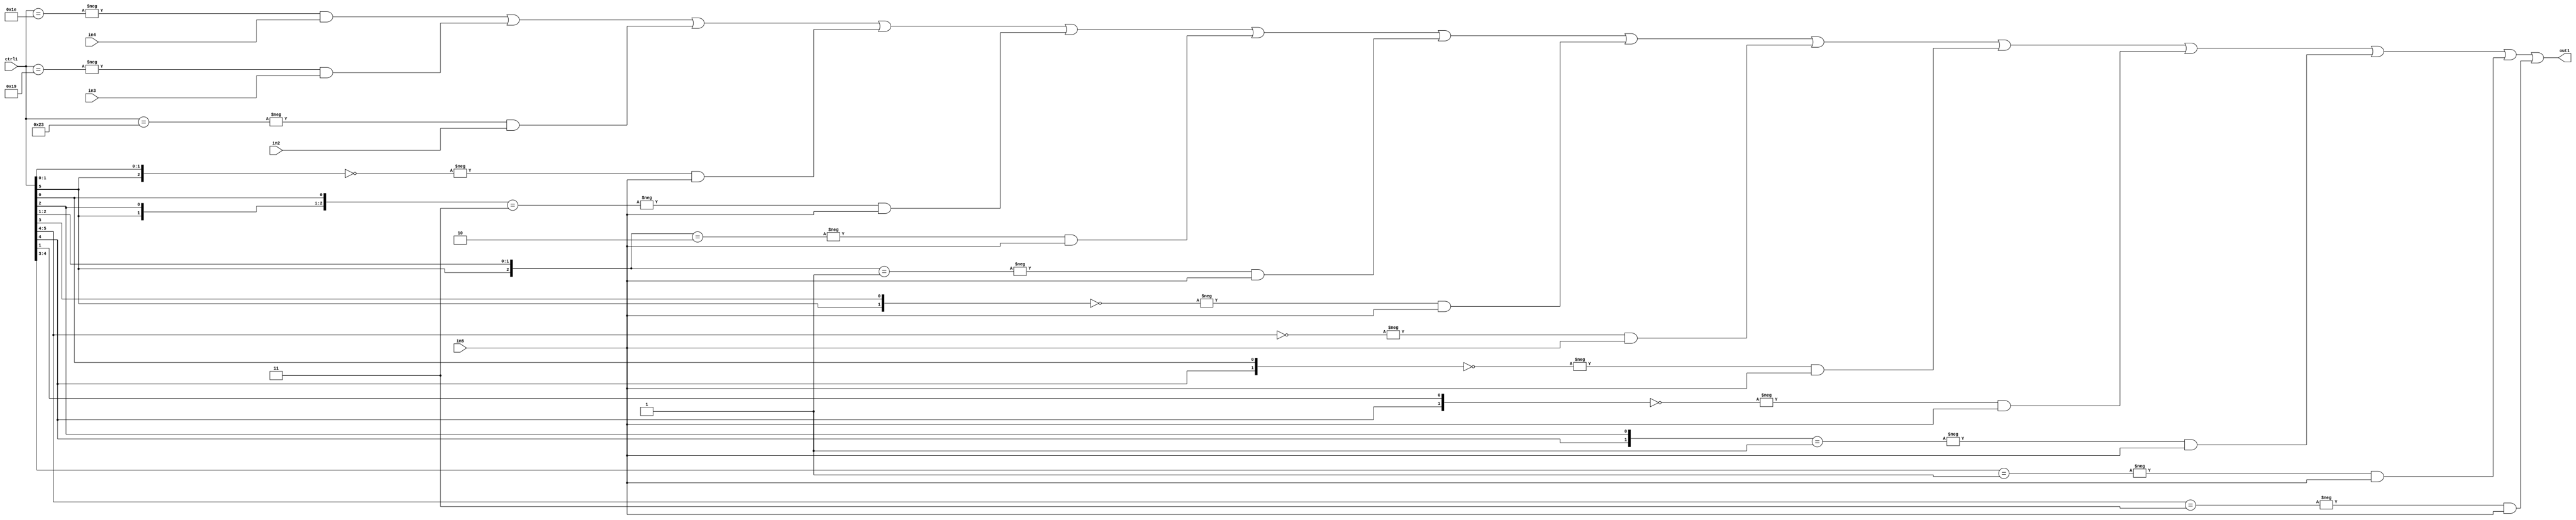
`timescale 1ps / 1ps
/*****************************************************************************
    Verilog RTL Description
    
    
    Created by: Stratus DpOpt 21.05.01 
*******************************************************************************/

module SobelFilter_N_Mux_32_4_34_1 (
	in5,
	in4,
	in3,
	in2,
	ctrl1,
	out1
	); /* architecture "behavioural" */ 
input [31:0] in5;
input [8:0] in4,
	in3,
	in2;
input [5:0] ctrl1;
output [31:0] out1;
wire [31:0] asc001;

assign asc001 = 
	-{ctrl1 == 6'B011110} & in4 |
	-{ctrl1 == 6'B011001} & in3 |
	-{ctrl1 == 6'B100011} & in2 |
	-{{ctrl1[5], ctrl1[1:0]} == 3'B000} & in5 |
	-{{ctrl1[5], ctrl1[2], ctrl1[0]} == 3'B011} & in5 |
	-{{ctrl1[5], ctrl1[2:1]} == 3'B010} & in5 |
	-{{ctrl1[5], ctrl1[2:1]} == 3'B001} & in5 |
	-{{ctrl1[5], ctrl1[3]} == 2'B00} & in5 |
	-{ctrl1[5:4] == 2'B00} & in5 |
	-{{ctrl1[4], ctrl1[0]} == 2'B00} & in5 |
	-{{ctrl1[4], ctrl1[1]} == 2'B00} & in5 |
	-{{ctrl1[4], ctrl1[2]} == 2'B01} & in5 |
	-{ctrl1[4:3] == 2'B01} & in5 |
	-{ctrl1[5:4] == 2'B11} & in5 ;

assign out1 = asc001;
endmodule

/* CADENCE  vLjzSAE= : u9/ySxbfrwZIxEzHVQQV8Q== ** DO NOT EDIT THIS LINE ******/